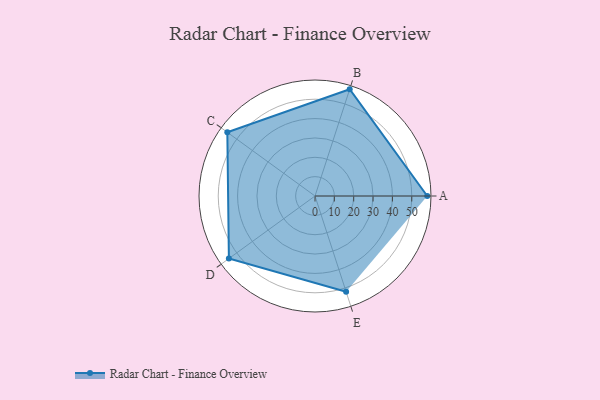
{"axis": {"x": "Skill", "y": "Score"}, "legend": ["Profile"], "data": [{"x": "A", "y": 58.0, "type": "Profile"}, {"x": "B", "y": 58.0, "type": "Profile"}, {"x": "C", "y": 56.0, "type": "Profile"}, {"x": "D", "y": 55.0, "type": "Profile"}, {"x": "E", "y": 52.0, "type": "Profile"}]}